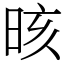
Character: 晐